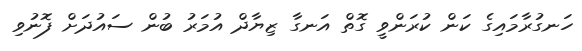
ހަނގުރާމައިގެ ކަން ކުރަންވީ ގޮތް އަނގާ ޒިޔާދް އުމަރު ބުން ސައުދަށް ފޮނުވި